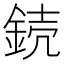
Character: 𨧣